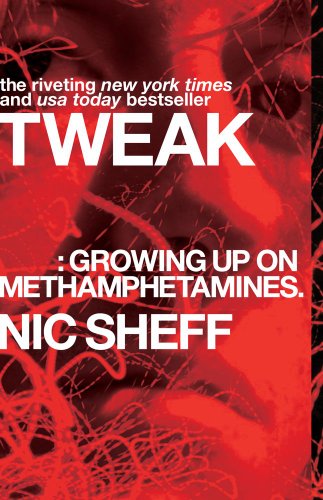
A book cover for Tweak: Growing Up on Methamphetamines; Nic Sheff; Teen & Young Adult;